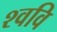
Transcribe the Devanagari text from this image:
श्ववि